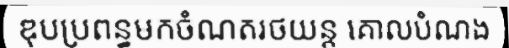
ឌុបប្រពន្ធមកចំណតរថយន្ត គោលបំណង